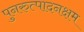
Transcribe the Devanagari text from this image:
पुनरुत्पादनक्षम